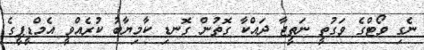
ނެގި ވޯޓްގެ ވަގުތީ ނަތީޖާ ދައްކާ ގޮތުން ގޮނޑި ކާމިޔާބު ކުރެއްވީ އެމްޑީޕީގެ